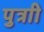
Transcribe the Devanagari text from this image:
पुत्राी